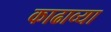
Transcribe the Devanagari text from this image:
काढाव्या